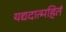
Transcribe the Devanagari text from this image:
यद्यदात्महितं